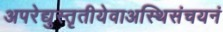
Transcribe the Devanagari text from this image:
अपरेद्युस्तृतीयेवाअस्थिसंचयनं